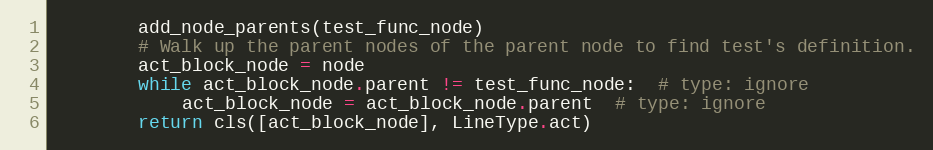
Language: Python
        add_node_parents(test_func_node)
        # Walk up the parent nodes of the parent node to find test's definition.
        act_block_node = node
        while act_block_node.parent != test_func_node:  # type: ignore
            act_block_node = act_block_node.parent  # type: ignore
        return cls([act_block_node], LineType.act)